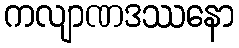
ကလျာဏဒဿနော